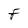
Character: F